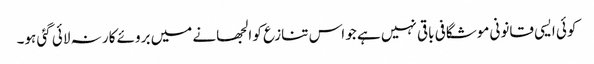
کوئی ایسی قانونی موشگافی باقی نہیں ہے جو اس تنازع کو الجھانے میں بروئے کار نہ لائی گئی ہو۔